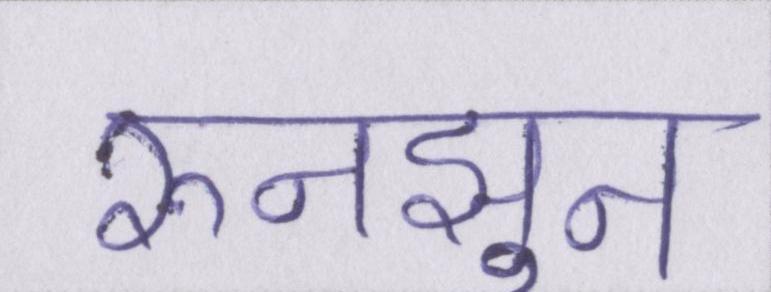
रुनझुन